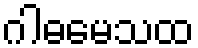
ဂါဓမေသထ